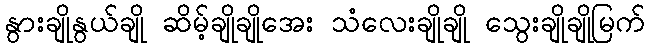
နွားချိုနွယ်ချို ဆိမ့်ချိုချိုအေး သံလေးချိုချို သွေးချိုချိုမြက်